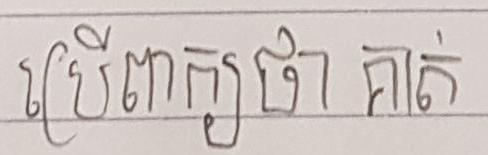
បើពាក្យថា គាត់